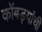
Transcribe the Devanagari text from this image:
कोंबड्यांची